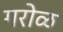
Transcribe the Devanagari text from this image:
गरोळ